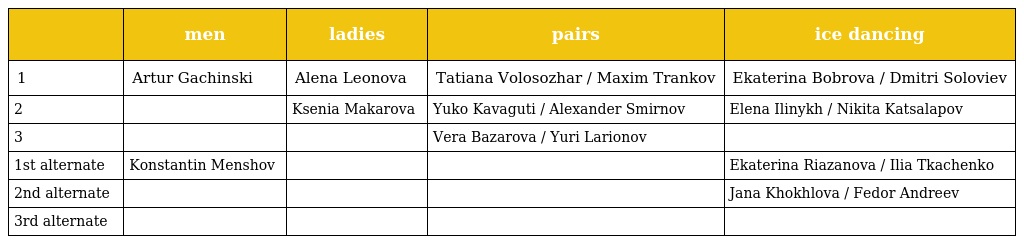
|  | men | ladies | pairs | ice dancing |
 | --- | --- | --- | --- | --- |
 | 1 | Artur Gachinski | Alena Leonova | Tatiana Volosozhar / Maxim Trankov | Ekaterina Bobrova / Dmitri Soloviev |
 | 2 |  | Ksenia Makarova | Yuko Kavaguti / Alexander Smirnov | Elena Ilinykh / Nikita Katsalapov |
 | 3 |  |  | Vera Bazarova / Yuri Larionov |  |
 | 1st alternate | Konstantin Menshov |  |  | Ekaterina Riazanova / Ilia Tkachenko |
 | 2nd alternate |  |  |  | Jana Khokhlova / Fedor Andreev |
 | 3rd alternate |  |  |  |  |